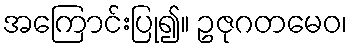
အကြောင်းပြု၍။ ဥဇုဂတမေဝ၊